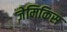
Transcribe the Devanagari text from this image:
ज़ेमिकिस